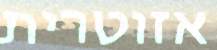
אזוטרית